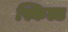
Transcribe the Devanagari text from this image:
स्किल्ड